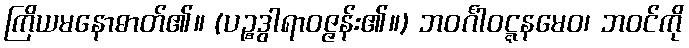
ကြိယမနောဓာတ်၏။ (ပဉ္စဒွါရာဝဇ္ဇန်း၏။) ဘဝင်္ဂါဝဋ္ဋနမေဝ၊ ဘဝင်ကို